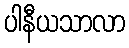
ပါနီယသာလာ